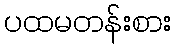
ပထမတန်းစား